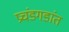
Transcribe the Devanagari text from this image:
प्रचंडगडांत